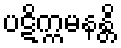
ပဋိက္ကမနန္တိ